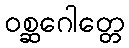
ဝစ္ဆဂေါတ္တေ